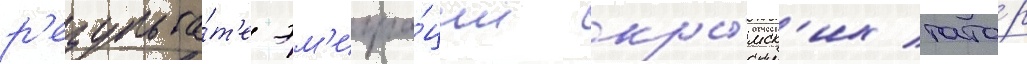
р'езульта́т'е эм'игра́ции кры́мск'их тата́р